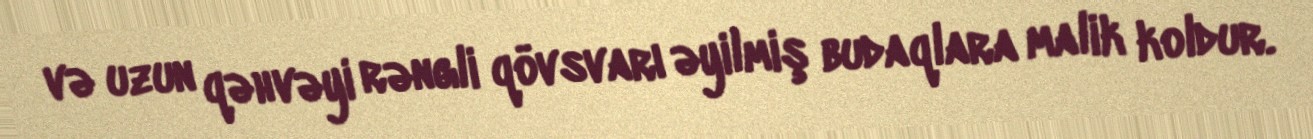
və uzun qəhvəyi rəngli qövsvarı əyilmiş budaqlara malik koldur.